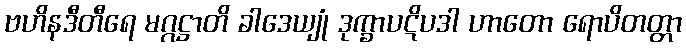
ဗဟိနဒီတီရေ မဂ္ဂဋ္ဌာတိ ခါဒေယျုံ ဒုက္ခာပဋိပဒါ ဟာတော ရောပိတတ္တာ